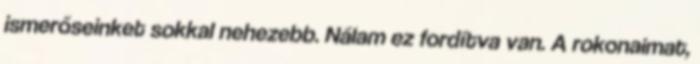
ismerőseinket sokkal nehezebb. Nálam ez fordítva van. A rokonaimat,